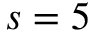
s = 5